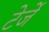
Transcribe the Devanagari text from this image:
टेर्जे